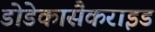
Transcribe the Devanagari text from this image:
डोडेकासैकराइड